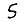
Digit: 5